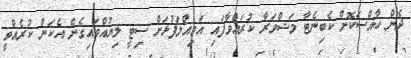
ދެން ހާއްސަކޮށް ކެބިނެޓާ މަޝްވަރާ ކުރައްވާފައި އަމިއްލަފުޅަށް ސިޓީ ލިޔުއްވައިގެން އެކަން ކުރެއްވީ